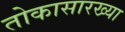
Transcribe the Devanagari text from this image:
तोकासारख्या